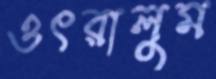
ওৎরালুম